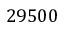
2 9 5 0 0